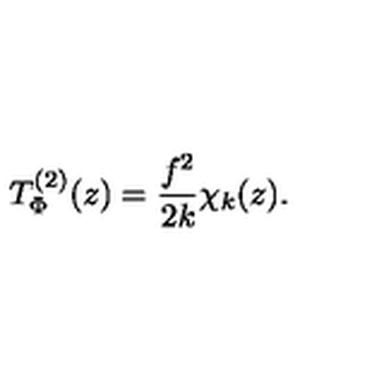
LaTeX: T _ { \Phi } ^ { ( 2 ) } ( z ) = \frac { f ^ { 2 } } { 2 k } \chi _ { k } ( z ) .